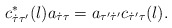
\begin{align*}c_{\dot{\tau} \tau'}^{*}(l) a_{\dot{\tau} \tau}=a_{\tau' \dot{\tau}'} c_{\dot{\tau}' \tau}(l).\end{align*}